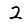
Digit: 2